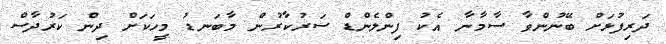
ދަރިފުޅަށް ބޭނުންވާ ސާމާނާ އެކު ފިންލެންޑް ސަރުކާރުން މާބަނޑު މީހަކަށް ދިން ކަރުދާސް